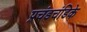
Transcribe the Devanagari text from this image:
प्रचंडचंडिके